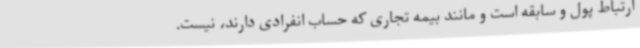
ارتباط پول و سابقه است و مانند بیمه تجاری که حساب انفرادی دارند، نیست.